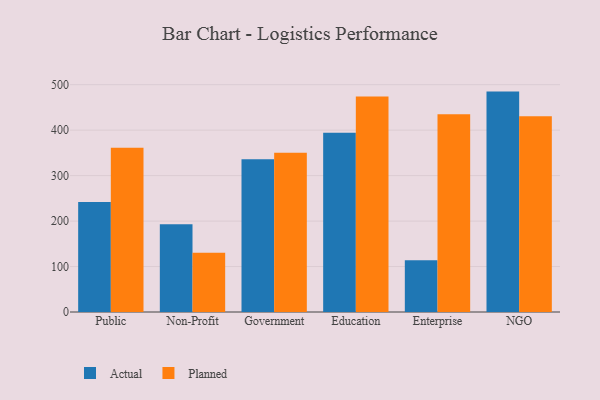
{"axis": {"x": "Segment", "y": "Customer Acquisition Cost (USD)"}, "legend": ["Actual", "Planned"], "data": [{"x": "Public", "y": 241.7, "type": "Actual"}, {"x": "Public", "y": 361.1, "type": "Planned"}, {"x": "Non-Profit", "y": 193.1, "type": "Actual"}, {"x": "Non-Profit", "y": 130.3, "type": "Planned"}, {"x": "Government", "y": 336.0, "type": "Actual"}, {"x": "Government", "y": 350.5, "type": "Planned"}, {"x": "Education", "y": 394.1, "type": "Actual"}, {"x": "Education", "y": 474.2, "type": "Planned"}, {"x": "Enterprise", "y": 113.6, "type": "Actual"}, {"x": "Enterprise", "y": 434.8, "type": "Planned"}, {"x": "NGO", "y": 484.8, "type": "Actual"}, {"x": "NGO", "y": 430.7, "type": "Planned"}]}